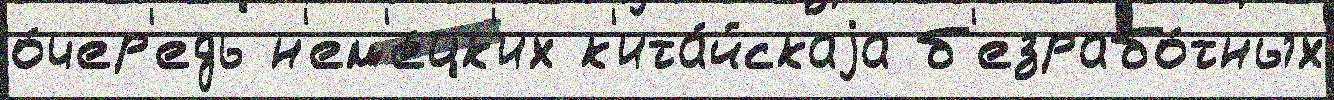
о́чер'едь н'ем'е́цк'их к'ита́йскаjа б'езрабо́тных